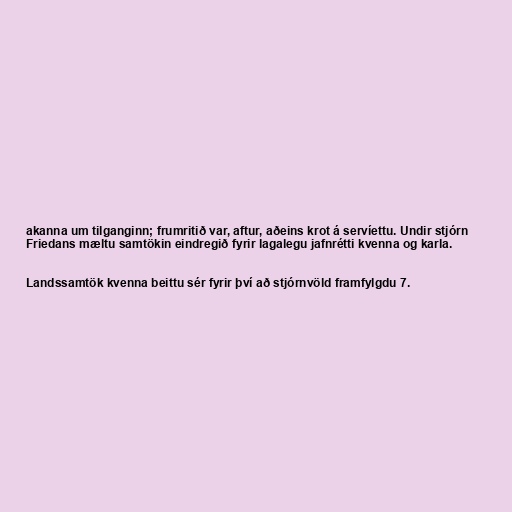
akanna um tilganginn; frumritið var, aftur, aðeins krot á servíettu. Undir stjórn
Friedans mæltu samtökin eindregið fyrir lagalegu jafnrétti kvenna og karla.

Landssamtök kvenna beittu sér fyrir því að stjórnvöld framfylgdu 7.